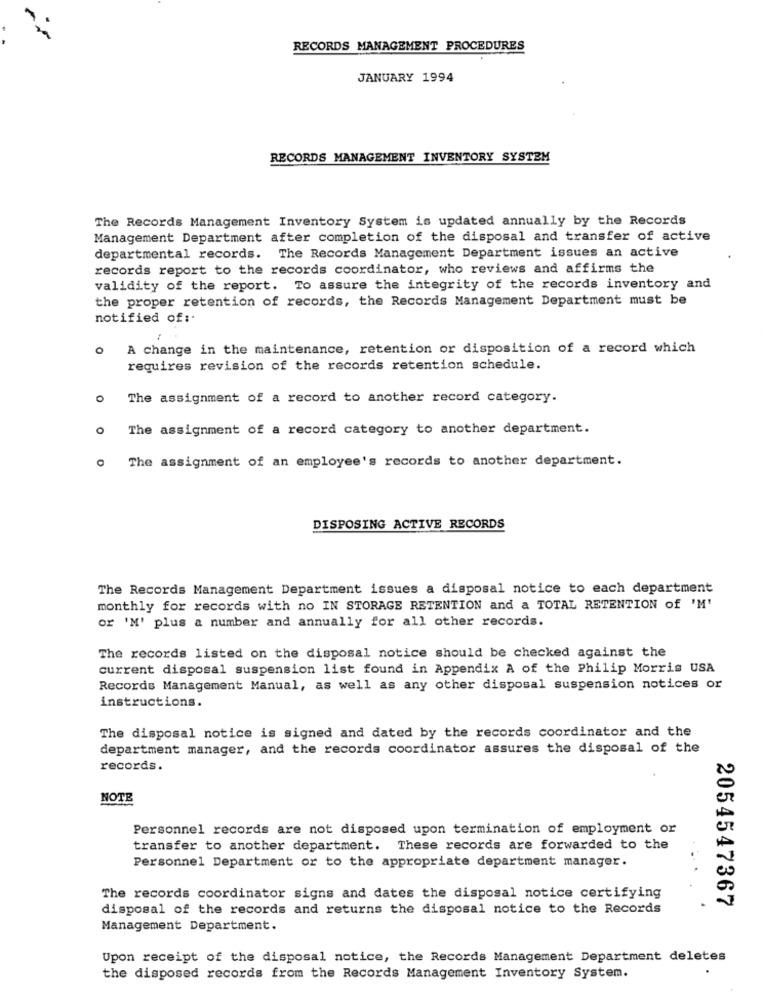
RECORDS MANAGEMENT PROCEDURES
JANUARY 1994
RECORDS MANAGEMENT INVENTORY SYSTEM
The Records Management Inventory System is updated annually by the Records
Management Department after completion of the disposal and transfer of active
departmental records. The Records Management Department issues an active
records report to the records coordinator, who reviews and affirms the
validity of the report. To assure the integrity of the records inventory and
the proper retention of records, the Records Management Department must be
notified of :.
A change in the maintenance, retention or disposition of a record which
requires revision of the records retention schedule.
0
The assignment of a record to another record category.
The assignment of a record category to another department.
. The assignment of an employee's records to another department.
DISPOSING ACTIVE RECORDS
The Records Management Department issues a disposal notice to each department
monthly for records with no IN STORAGE RETENTION and a TOTAL RETENTION of 'M'
or 'M' plus a number and annually for all other records.
The records listed on the disposal notice should be checked against the
current disposal suspension list found in Appendix A of the Philip Morris USA
Records Management Manual, as well as any other disposal suspension notices or
instructions.
The disposal notice is signed and dated by the records coordinator and the
department manager, and the records coordinator assures the disposal of the
records.
NOTE
Personnel records are not disposed upon termination of employment or
transfer to another department. These records are forwarded to the
Personnel Department or to the appropriate department manager.
The records coordinator signs and dates the disposal notice certifying
2054547367
disposal of the records and returns the disposal notice to the Records
Management Department.
Upon receipt of the disposal notice, the Records Management Department deletes
the disposed records from the Records Management Inventory System.